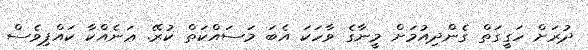
ދުރަށް ހަގީގަތް ގެންދިއުމަށް މީނާގެ ވާހަކަ އެބަ މަސައްކަތް ކުރޭ. ޢަނެއްކާ ކައްޕިވެސް